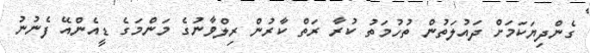
ގެންދިޔަކަމަށް ދައުލަތުން ތުހުމަތު ކުރާ ރަތް ކާރުން ރިލްވާނުގެ މަންމަގެ ޑީއެންއޭ ފެނުނު